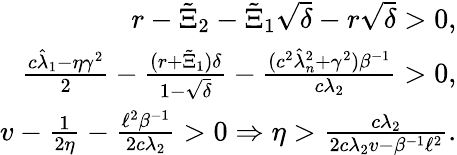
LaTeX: \begin{array}{r}{r-\tilde{\Xi}_{2}-\tilde{\Xi}_{1}\sqrt{\delta}-r\sqrt{\delta}>0,}\\ {\frac{c\hat{\lambda}_{1}-\eta\gamma^{2}}{2}-\frac{(r+\tilde{\Xi}_{1})\delta}{1-\sqrt{\delta}}-\frac{(c^{2}\hat{\lambda}_{n}^{2}+\gamma^{2})\beta^{-1}}{c\lambda_{2}}>0,}\\ {v-\frac{1}{2\eta}-\frac{\ell^{2}\beta^{-1}}{2c\lambda_{2}}>0\Rightarrow\eta>\frac{c\lambda_{2}}{2c\lambda_{2}v-\beta^{-1}\ell^{2}}.}\end{array}